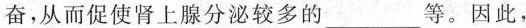
奋，从而促使肾上腺分泌较多的___等。因此，